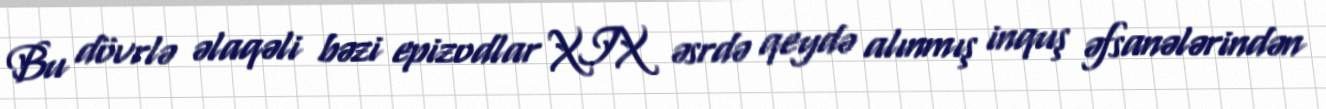
Bu dövrlə əlaqəli bəzi epizodlar XIX əsrdə qeydə alınmış inquş əfsanələrindən